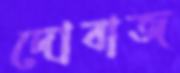
দোবাজ